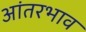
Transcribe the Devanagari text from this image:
आंतरभाव